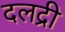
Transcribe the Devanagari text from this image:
दलद्री